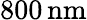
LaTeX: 800\, \mathrm{nm}